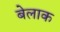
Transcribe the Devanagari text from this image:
बेलाक